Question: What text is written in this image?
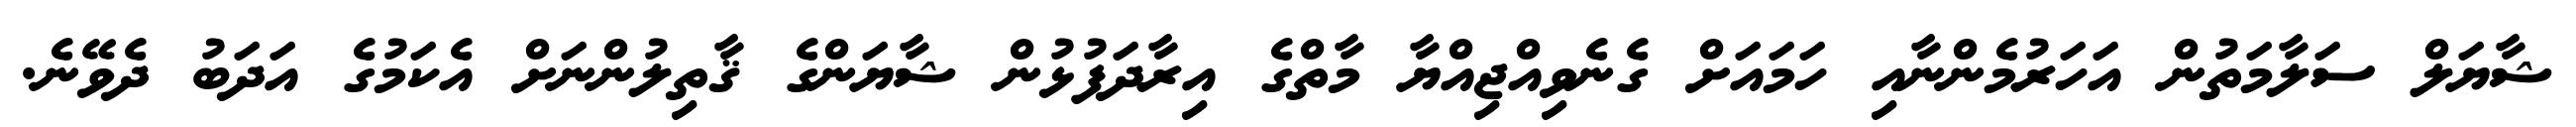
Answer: ޝާޔަލް ސަލާމަތުން އަހަރުމެންނާއި ހަމައަށް ގެނެވިއްޖިއްޔާ މާތްގެ އިރާދަފުޅުން ޝާޔަންގެ ޤާތިލުންނަށް އެކަމުގެ އަދަބު ދެވޭނެ.